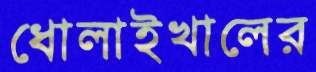
ধোলাইখালের